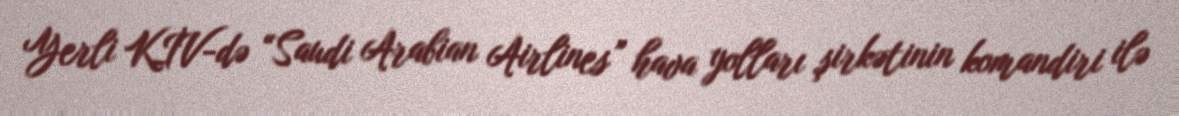
Yerli KİV-də “Saudi Arabian Airlines” hava yolları şirkətinin komandiri ilə